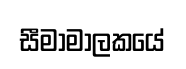
සීමාමාලකයේ